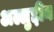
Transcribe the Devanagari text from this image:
अल्लुद्दीन